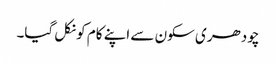
چودھری سکون سے اپنے کام کو نکل گیا۔